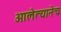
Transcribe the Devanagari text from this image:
ओलेत्यानेच